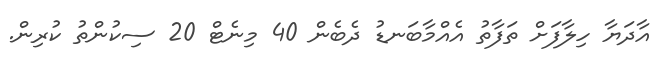
އާދަޔާ ހިލާފަށް ތަފާތު އެއްމާބަނޑު ދެބެން 40 މިނެޓް 20 ސިކުންތު ކުރިން.